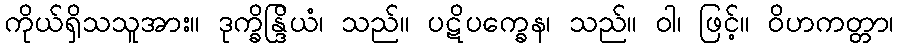
ကိုယ်ရှိသသူအား။ ဒုက္ခိန္ဒြိယံ၊ သည်။ ပဋိပက္ခေန၊ သည်။ ဝါ၊ ဖြင့်။ ဝိဟကတ္တာ၊